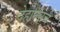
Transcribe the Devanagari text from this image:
देहान्ताचे